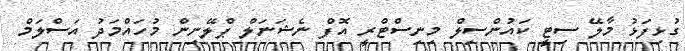
ގުޅިފަޅު މާލޭ ސިޓީ ކައުންސިލް މިނިސްޓްރީ އޮފް ނެޝަނަލް ޕްލޭނިން މުހައްމަދު އަސްލަމް